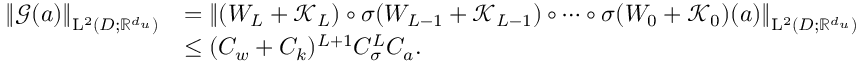
\begin{array} { r l } { \left\| \boldsymbol { \mathcal { G } } ( a ) \right\| _ { \mathrm { L } ^ { 2 } ( D ; \mathbb { R } ^ { d _ { u } } ) } } & { = \left\| ( W _ { L } + \boldsymbol { \mathcal { K } } _ { L } ) \circ \sigma ( W _ { L - 1 } + \boldsymbol { \mathcal { K } } _ { L - 1 } ) \circ \cdots \circ \sigma ( W _ { 0 } + \boldsymbol { \mathcal { K } } _ { 0 } ) ( a ) \right\| _ { \mathrm { L } ^ { 2 } ( D ; \mathbb { R } ^ { d _ { u } } ) } } \\ & { \leq ( C _ { w } + C _ { k } ) ^ { L + 1 } C _ { \sigma } ^ { L } C _ { a } . } \end{array}